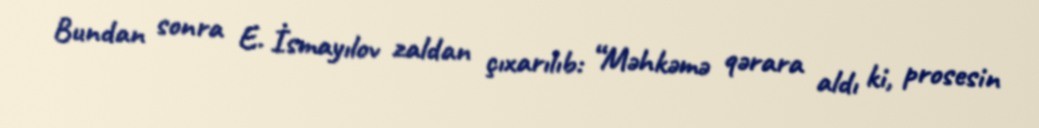
Bundan sonra E. İsmayılov zaldan çıxarılıb: “Məhkəmə qərara aldı ki, prosesin